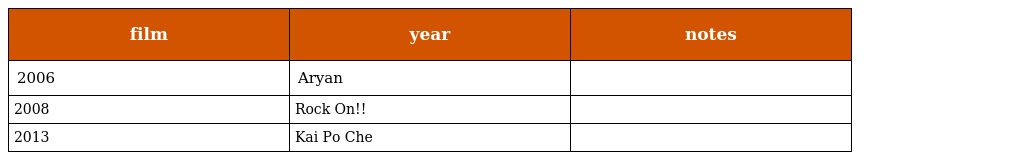
| film | year | notes |
 | --- | --- | --- |
 | 2006 | Aryan |  |
 | 2008 | Rock On!! |  |
 | 2013 | Kai Po Che |  |